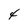
Character: 4